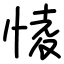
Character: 㥄